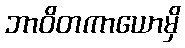
ဘာဝိတကာယောမှိ